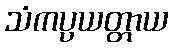
သံကပ္ပယတ္တာယ